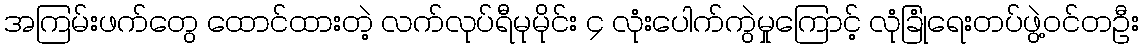
အကြမ်းဖက်တွေ ထောင်ထားတဲ့ လက်လုပ်ရီမုမိုင်း ၄ လုံးပေါက်ကွဲမှုကြောင့် လုံခြုံရေးတပ်ဖွဲ့ဝင်တဦး